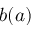
b ( a )